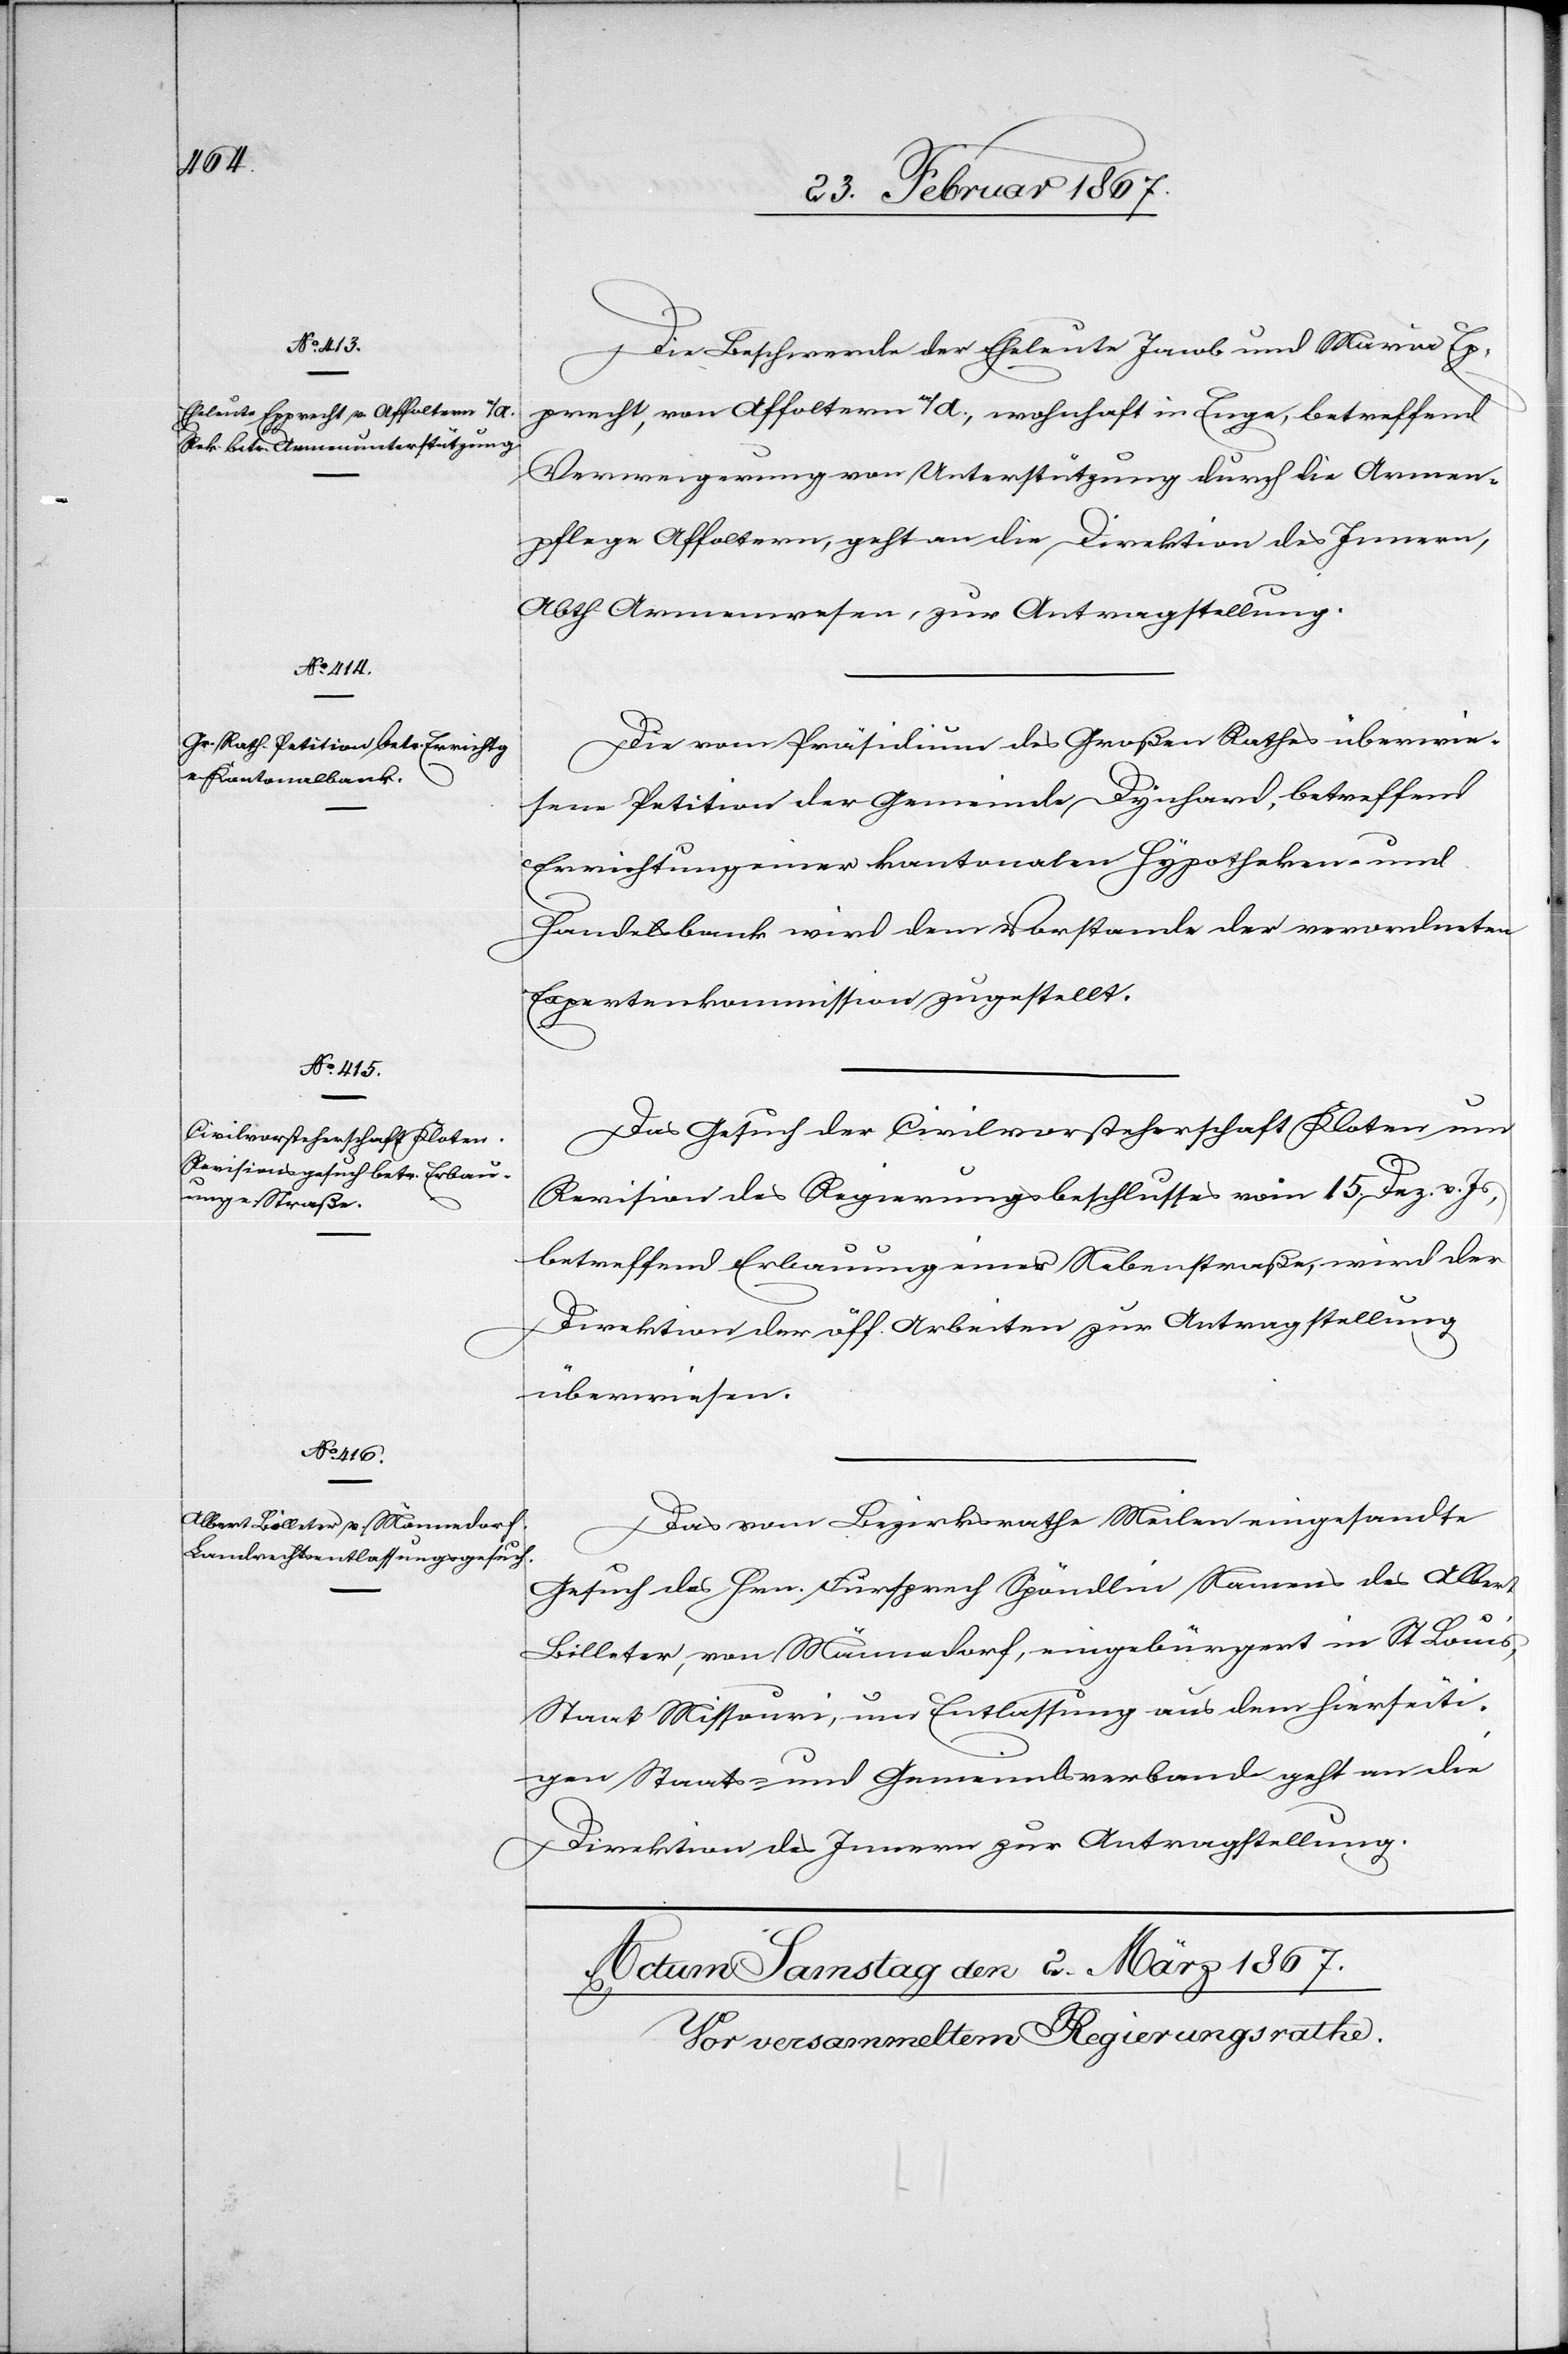
01.

Die Beschwerde der Eheleute Jacob und Maria Ep¬
precht, von Affoltern a/A., wohnhaft in Enge, betreffend
Verweigerung von Unterstützung durch die Armen¬
pflege Affoltern, geht an die Direktion des Innern,
Abth. Armenwesen, zur Antragstellung.
Die vom Präsidium des Großen Rathes überwie¬
sene Petition der Gemeinde Dynhard, betreffend
Errichtung einer kantonalen Hypotheken- und
Handelsbank wird dem Vorstande der verordneten
Expertenkommission zugestellt.
Das Gesuch der Civilvorsteherschaft Kloten um
Revision des Regierungsbeschlusses vom 15. Dez. v. Js.,
betreffend Erbauung einer Nebenstraße, wird der
Direktion der öff. Arbeiten zur Antragstellung
überwiesen.
Das vom Bezirksrathe Meilen eingesandte
Gesuch des Hrn. Fürsprech Spöndlin Namens des Alber¬
t
Billeter, von Männedorf, eingebürgert in St. Louis,
Staat Missouri, um Entlassung aus dem hierseiti¬
gen Staats- und Gemeindsverband geht an die
Direktion des Innern zur Antragstellung.